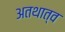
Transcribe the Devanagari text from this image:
अतथात्व